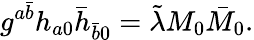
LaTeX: g^{a\bar{b}}h_{a0}\bar{h}_{\bar{b}0}=\tilde{\lambda}M_{0}\bar{M}_{0}.